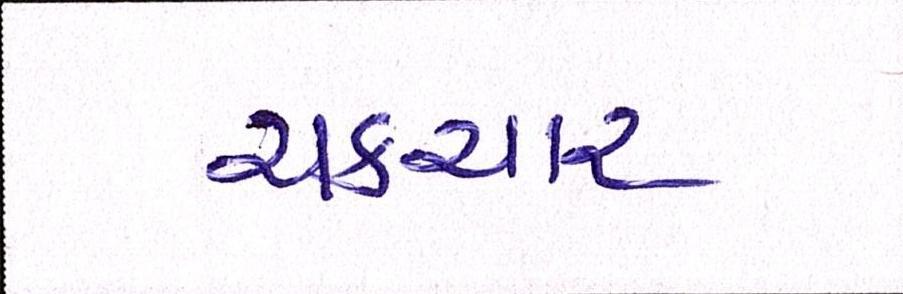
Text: ચકચાર